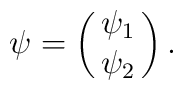
\psi= \pmatrix{ \psi_1 \cr \psi_2 }.